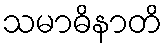
သမာဓိနာတိ